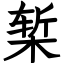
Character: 椠